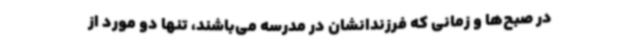
در صبح‌ها و زمانی که فرزندانشان در مدرسه می‌باشند، تنها دو مورد از